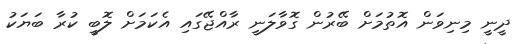
ދީނީ މިނިވަން އޮތުމަށް ބޭރުން ގޮވާލަނީ ރާއްޖޭގައި އެކަމަށް ލޮބީ ކުރާ ބަޔަކު